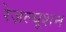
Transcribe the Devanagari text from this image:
रेज़ल्यूशन